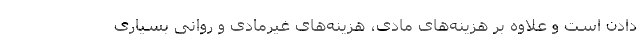
دادن است و علاوه بر هزینه‌های مادی، هزینه‌های غیرمادی و روانی بسیاری